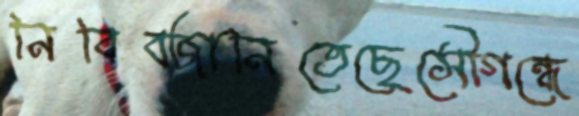
নিবিবজানিতেছেসৌগন্ধে